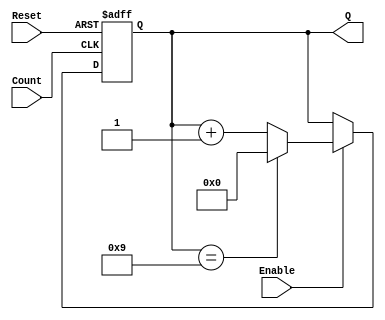
module decade_counter (
    input wire Reset,      // Asynchronous reset signal (active high)
    input wire Enable,     // Enable signal for counting
    input wire Count,      // External input signal to trigger counting
    output reg [3:0] Q     // 4-bit output representing the current count
);

// Asynchronous reset and counting logic
always @(posedge Count or posedge Reset) begin
    if (Reset) begin
        Q <= 4'b0000; // Reset the counter to 0
    end else if (Enable) begin
        if (Q == 4'b1001) begin
            Q <= 4'b0000; // Reset to 0 after reaching 9
        end else begin
            Q <= Q + 1; // Increment the counter
        end
    end
end

endmodule